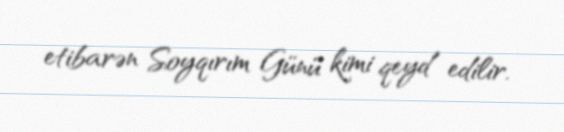
etibarən Soyqırım Günü kimi qeyd edilir.